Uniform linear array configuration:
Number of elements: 16
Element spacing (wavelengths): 0.5
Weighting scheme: binomial
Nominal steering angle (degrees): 60
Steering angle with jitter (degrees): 60.395
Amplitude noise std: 0.05
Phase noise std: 0.05

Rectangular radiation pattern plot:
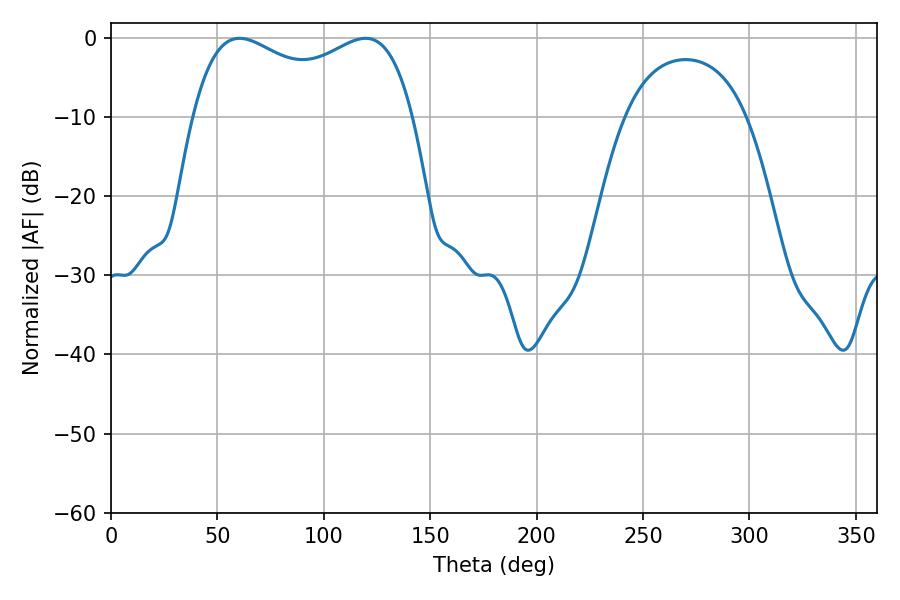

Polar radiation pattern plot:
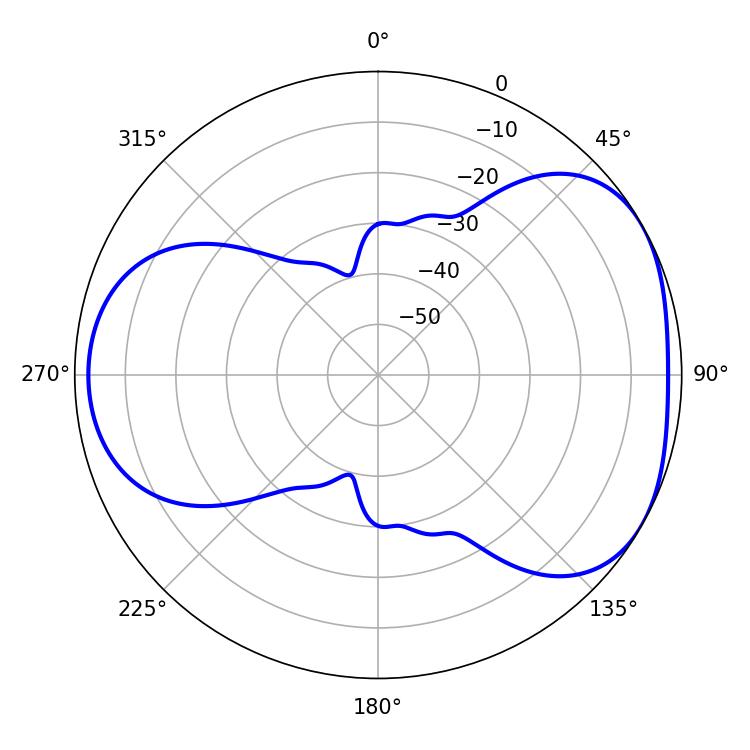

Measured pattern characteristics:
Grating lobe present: FALSE
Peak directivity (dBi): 4.375
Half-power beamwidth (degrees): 85.68
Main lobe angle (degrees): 60.48